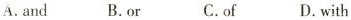
A.and B.or C.of D.with